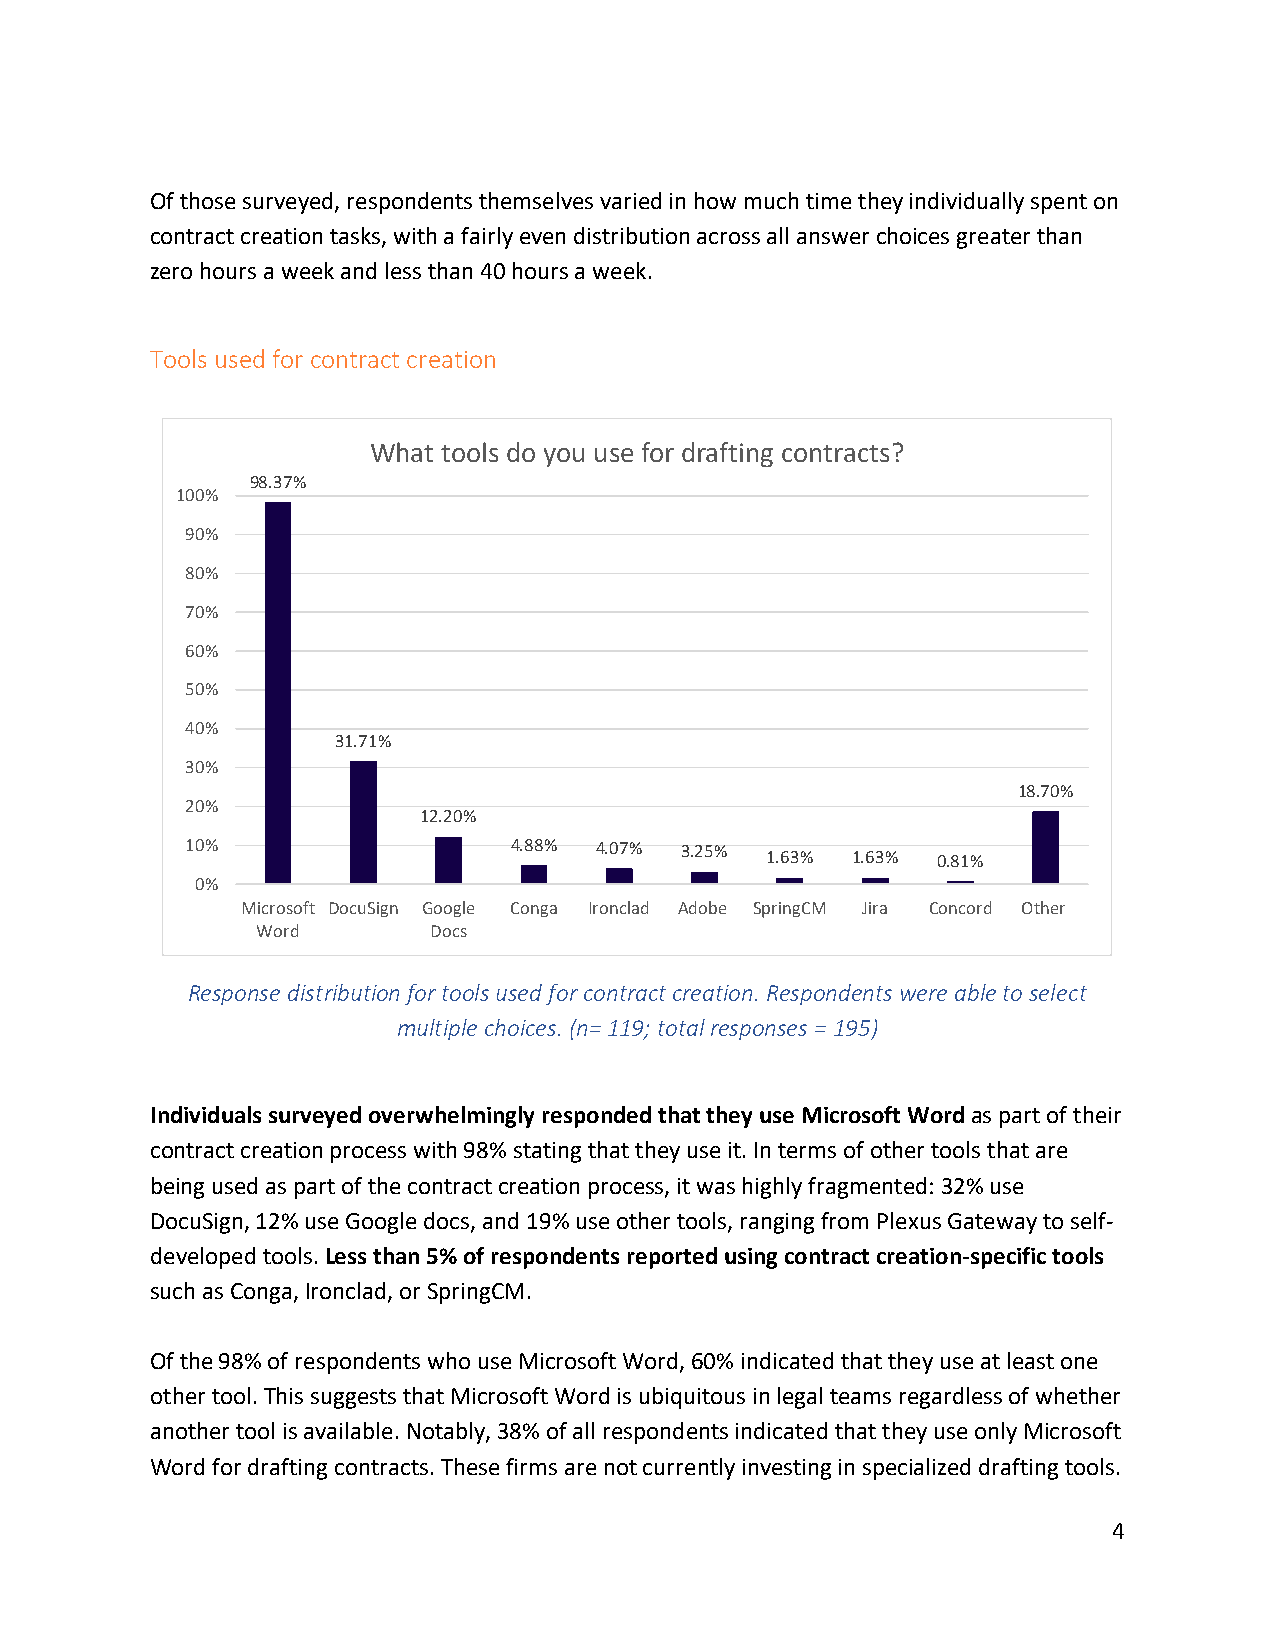
Of those surveyed, respondents themselves varied in how much time they individually spent on
 contract creation tasks, with a fairly even distribution across all answer choices greater than
 zero hours a week and less than 40 hours a week.
 Tools used for contract creation
 What tools do you use for drafting contracts?
 98.37%
 100%
 90%
 80%
 70%
 60%
 50%
 40%
 31.71%
 30%
 18.70%
 20%
 12.20%
 10%                   4.88% 4.07% 3.25%
 1.63% 1.63% 0.81%
 0%
 Microsoft DocuSign Google Conga Ironclad Adobe SpringCM Jira Concord Other
 Word       Docs
 Response distribution for tools used for contract creation. Respondents were able to select
 multiple choices. (n= 119; total responses = 195)
 Individuals surveyed overwhelmingly responded that they use Microsoft Word as part of their
 contract creation process with 98% stating that they use it. In terms of other tools that are
 being used as part of the contract creation process, it was highly fragmented: 32% use
 DocuSign, 12% use Google docs, and 19% use other tools, ranging from Plexus Gateway to self-
 developed tools. Less than 5% of respondents reported using contract creation-specific tools
 such as Conga, Ironclad, or SpringCM.
 Of the 98% of respondents who use Microsoft Word, 60% indicated that they use at least one
 other tool. This suggests that Microsoft Word is ubiquitous in legal teams regardless of whether
 another tool is available. Notably, 38% of all respondents indicated that they use only Microsoft
 Word for drafting contracts. These firms are not currently investing in specialized drafting tools.
 4